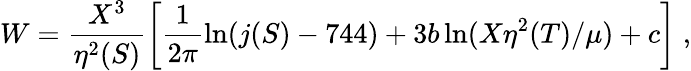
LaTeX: W=\frac{X^{3}}{\eta^{2}(S)}\left[\frac{1}{2\pi}\ln(j(S)-744)+3b\ln(X\eta^{2}(T)/\mu)+c\right]\; ,